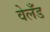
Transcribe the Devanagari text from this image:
वेलँड